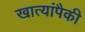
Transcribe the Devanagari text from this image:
खात्यांपैकी